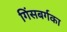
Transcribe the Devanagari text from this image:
गिंसबर्गका